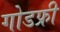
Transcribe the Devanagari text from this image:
गोडफ्री